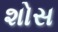
શોસ